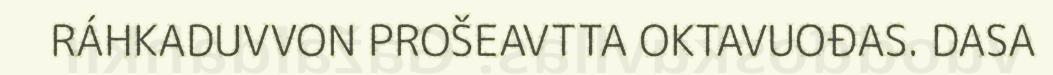
RÁHKADUVVON PROŠEAVTTA OKTAVUOĐAS. DASA